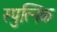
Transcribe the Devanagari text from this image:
स्पुत्निक